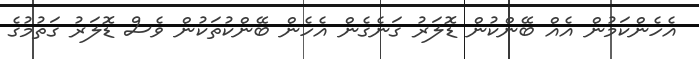
އެހެންކަމުން އެއް ބޭންކުން ޑޮލަރު ގަނެގެން އެހެން ބޭންކުތަކުން ވެސް ޑޮލަރު ގަތުމުގެ